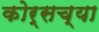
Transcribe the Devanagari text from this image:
कोर्सच्या